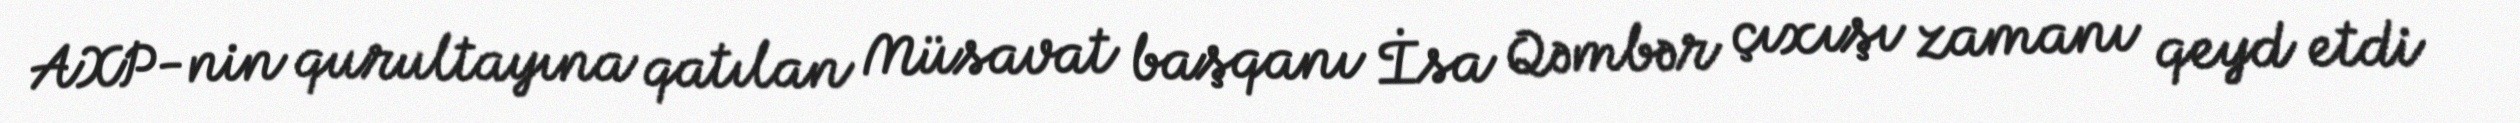
AXP-nin qurultayına qatılan Müsavat başqanı İsa Qəmbər çıxışı zamanı qeyd etdi